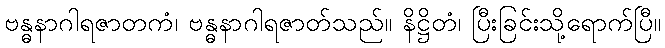
ဗန္ဓနာဂါရဇာတကံ၊ ဗန္ဓနာဂါရဇာတ်သည်။ နိဋ္ဌိတံ၊ ပြီးခြင်းသို့ရောက်ပြီ။